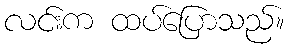
လင်းက ထပ်ပြောသည်။